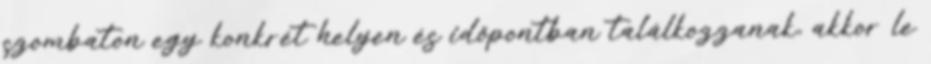
szombaton egy konkrét helyen és időpontban találkozzanak, akkor le